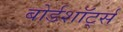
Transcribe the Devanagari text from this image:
बोर्डशॉर्ट्स